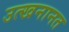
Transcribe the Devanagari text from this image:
उत्खनानत